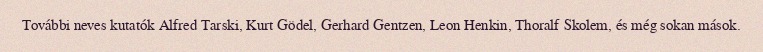
További neves kutatók Alfred Tarski, Kurt Gödel, Gerhard Gentzen, Leon Henkin, Thoralf Skolem, és még sokan mások.